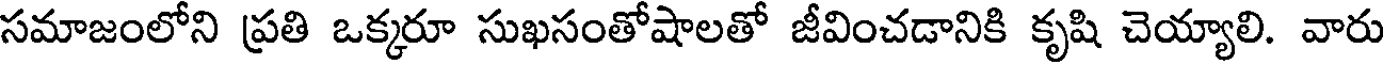
సమాజంలోని ప్రతి ఒక్కరూ సుఖసంతోషాలతో జీవించడానికి కృషి చెయ్యాలి. వారు